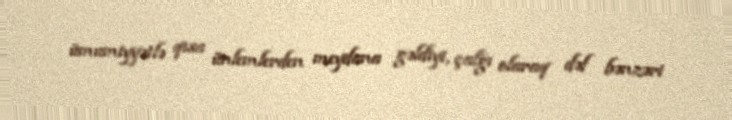
ümumiyyətlə qısa ünlemlerden meydana gəldiyi, çalğı olaraq dəf bənzəri